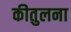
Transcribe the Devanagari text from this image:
कीतुलना